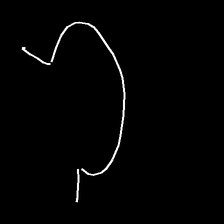
Glyph: weave